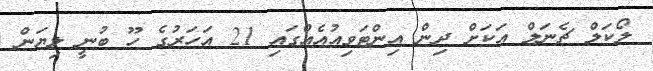
ލޯކަލް ޗެނަލް އަކަށް ދިން އިންޓަވިއުއެއްގައި 21 އަހަރުގެ ހޫ ބުނީ ލިޔަން